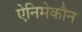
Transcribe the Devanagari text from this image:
ऐनिमेकौन